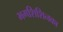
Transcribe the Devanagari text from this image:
भगशिशिनका